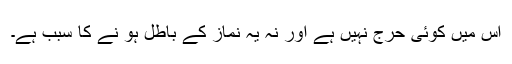
اس میں کوئی حرج نہیں ہے اور نہ یہ نماز کے باطل ہو نے کا سبب ہے۔